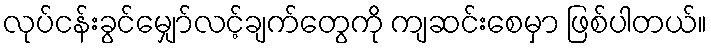
လုပ်ငန်းခွင်မျှော်လင့်ချက်တွေကို ကျဆင်းစေမှာ ဖြစ်ပါတယ်။